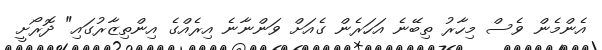
އެންމެން ވެސް މިހާރު ތިބޭނެ އަހަރެން ގެއަށް ވަންނާނެ އިރެއްގެ އިންތިޒާރުގައި" ދޮރޯށީ